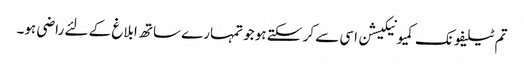
تم ٹیلیفونک کمیونیکیشن اسی سے کر سکتے ہو جو تمہارے ساتھ ابلاغ کے لئے راضی ہو۔